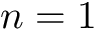
n = 1